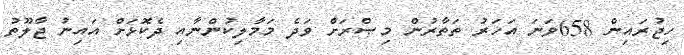
ހިޖުރައިން 658ވަނަ އަހަރު ތަތާރުން މިޞްރަށް ވަދެ މަމާލިކުންނާއި ދެކޮޅަށް އައިނު ޖާލޫތު